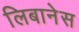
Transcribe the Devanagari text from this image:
लिबानेस